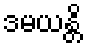
ဒမယန္တိ